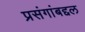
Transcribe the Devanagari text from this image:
प्रसंगांबद्दल